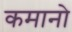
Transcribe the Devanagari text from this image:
कमानो